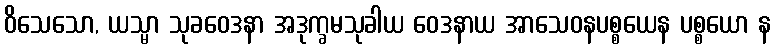
ဝိသေသော, ယသ္မာ သုခဝေဒနာ အဒုက္ခမသုခါယ ဝေဒနာယ အာသေဝနပစ္စယေန ပစ္စယော န